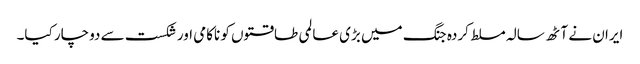
ایران نے آٹھ سالہ مسلط کردہ جنگ میں بڑی عالمی طاقتوں کو ناکامی اور شکست سے دوچار کیا۔